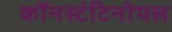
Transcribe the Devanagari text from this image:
कॉनस्टंटिनोपल